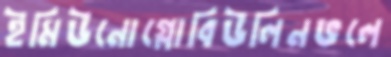
ইমিউনোগ্লোবিউলিনভলে